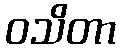
ဝသိတာ